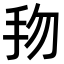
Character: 𢪥